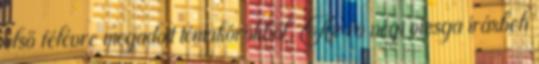
első félévre megadott témakörökből. Az év végi vizsga írásbeli